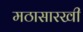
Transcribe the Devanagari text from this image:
मठासारखी